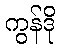
ကွန်ဒို